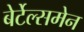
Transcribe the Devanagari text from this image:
बेर्टेल्समेन